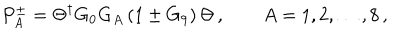
P _ { A } ^ { \pm } = \Theta ^ { \dagger } G _ { 0 } G _ { A } \left( 1 \pm G _ { 9 } \right) \Theta \, , \qquad A = 1 , 2 , \dots , 8 \, ,